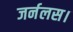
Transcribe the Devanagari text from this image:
जर्नलस।